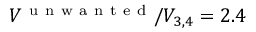
V ^ { \mathrm { ~ u ~ n ~ w ~ a ~ n ~ t ~ e ~ d ~ } } / V _ { 3 , 4 } = 2 . 4